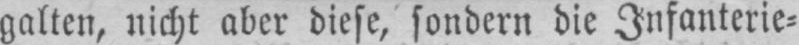
galten, nicht aber diese sondern die Infanterie⸗